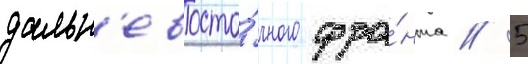
дальн'евосто́чного фро́нта // 5